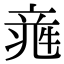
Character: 𥪑